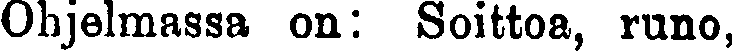
Ohjelmassa on: Soittoa, runo,